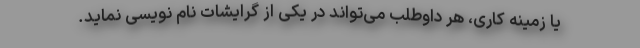
یا زمینه کاری، هر داوطلب می‌تواند در یکی از گرایشات نام نویسی نماید.